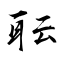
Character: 耺